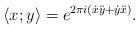
LaTeX: \begin{align*}\langle x;y\rangle=e^{2\pi i(\dot x \ddot y+\dot y \ddot x)}. \end{align*}